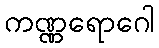
ကဏ္ဏရောဂေါ